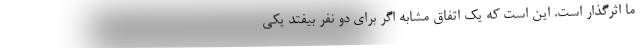
ما اثرگذار است. این است که یک اتفاق مشابه اگر برای دو نفر بیفتد یکی